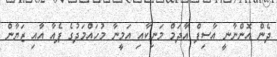
ދެން އޮންނާނީ އާސިފް އާދަމް މަނިކާއި އަމީނާ މުހައްމަދުގެ ޕެއާ އާއި ޒަޔާން